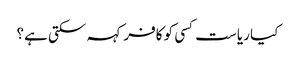
کیا ریاست کسی کو کافر کہہ سکتی ہے؟